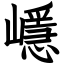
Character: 嶾